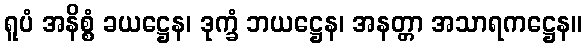
ရူပံ အနိစ္စံ ခယဋ္ဌေန၊ ဒုက္ခံ ဘယဋ္ဌေန၊ အနတ္တာ အသာရကဋ္ဌေန။